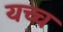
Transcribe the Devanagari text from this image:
यच्च